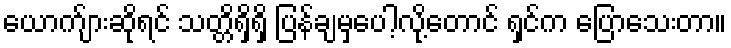
ယောက်ျားဆိုရင် သတ္တိရှိရှိ ပြန်ချမှပေါ့လို့တောင် ရှင်က ပြောသေးတာ။